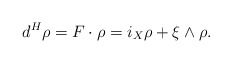
\begin{align*}d^H\rho = F\cdot \rho= i_X \rho + \xi \wedge \rho.\end{align*}